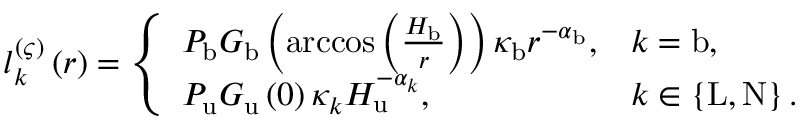
\begin{array} { r } { l _ { k } ^ { \left( \varsigma \right) } \left( r \right) = \left\{ \begin{array} { l l } { P _ { \mathrm { b } } G _ { \mathrm { b } } \left( \operatorname { a r c c o s } \left( \frac { H _ { \mathrm { b } } } { r } \right) \right) \kappa _ { \mathrm { b } } r ^ { - \alpha _ { \mathrm { b } } } , } & { k = \mathrm { b } , } \\ { P _ { \mathrm { u } } G _ { \mathrm { u } } \left( 0 \right) \kappa _ { k } H _ { \mathrm { u } } ^ { - \alpha _ { k } } , } & { k \in \left\{ \mathrm { L } , \mathrm { N } \right\} . } \end{array} \right. } \end{array}